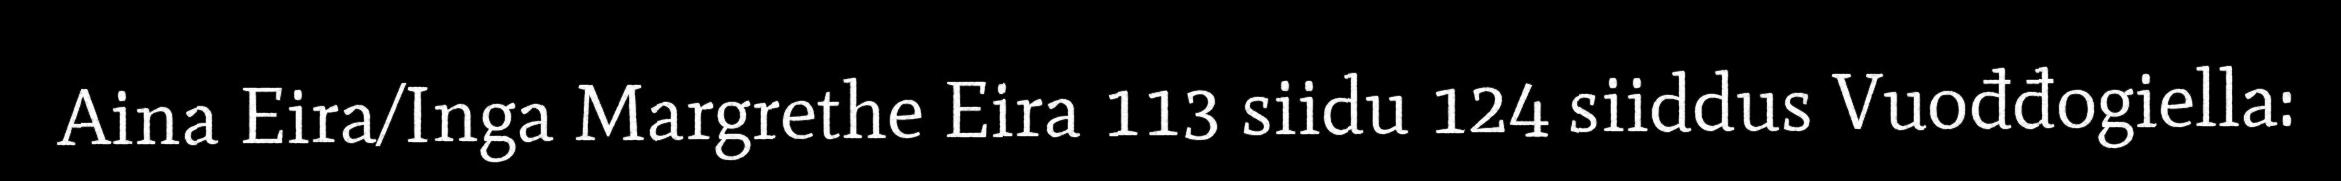
Aina Eira/Inga Margrethe Eira 113 siidu 124 siiddus Vuođđogiella: